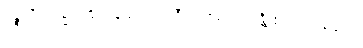
ပဉ္စသီလဓမ္မံ ပါဠိဂမနံ တေလပ္ပဒီပံ ပဇဟေယျန္တိ ဧယျာမဝစနဿ